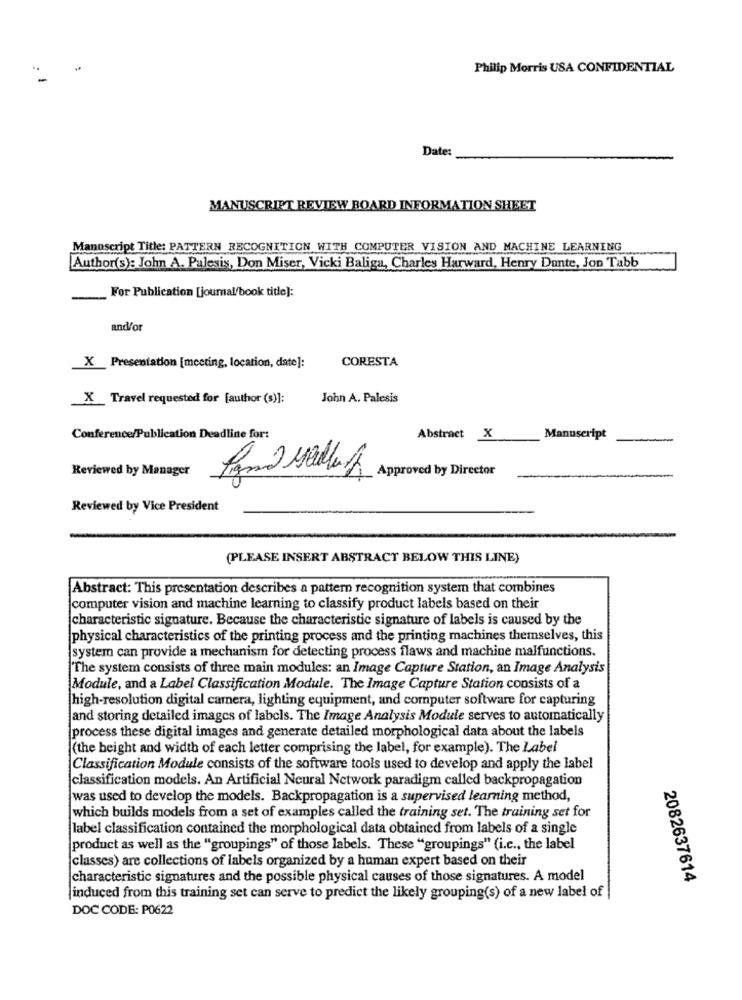
Philip Morris USA CONFIDENTIAL
Date:
MANUSCRIPT REVIEW BOARD INFORMATION SHEET
Manuscript Title: PATTERN RECOGNITION WITH COMPUTER VISION AND MACHINE LEARNING
Author(s): John A. Palesis, Don Miser, Vicki Baliga, Charles Harward, Henry Dunte, Jon Tabb
For Publication [journal/book title]:
and/or
CORESTA
X Presentation [meeting, location, date]:
X Travel requested for [author (s)]:
John A. Palesis
Conference/Publication Deadline for:
Abstract X
Manuscript
Reviewed by Manager
Approved by Director
Reviewed by Vice President
(PLEASE INSERT ABSTRACT BELOW THIS LINE)
Abstract: This presentation describes a pattern recognition system that combines
computer vision and machine learning to classify product labels based on their
characteristic signature. Because the characteristic signature of labels is caused by the
physical characteristics of the printing process and the printing machines themselves, this
system can provide a mechanism for detecting process flaws and machine malfunctions.
The system consists of three main modules: an Image Capture Station, an Image Analysis
Module, and a Label Classification Module. The Image Capture Station consists of a
high-resolution digital camera, lighting equipment, and computer software for capturing
and storing detailed images of labels. The Image Analysis Module serves to automatically
process these digital images and generate detailed morphological data about the labels
(the height and width of each letter comprising the label, for example). The Label
Classification Module consists of the software tools used to develop and apply the label
classification models. An Artificial Neural Network paradigm called backpropagation
was used to develop the models. Backpropagation is a supervised learning method,
which builds models from a set of examples called the training set. The training set for
label classification contained the morphological data obtained from labels of a single
product as well as the "groupings" of those labels. These "groupings" (i.c ., the label
classes) are collections of labels organized by a human expert based on their
characteristic signatures and the possible physical causes of those signatures. A model
2082637614
induced from this training set can serve to predict the likely grouping(s) of a new label of |
DOC CODE: P0622